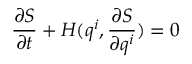
\frac { \partial S } { \partial t } + H ( q ^ { i } , \frac { \partial S } { \partial q ^ { i } } ) = 0